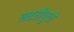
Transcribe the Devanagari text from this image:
लढतीपुरते